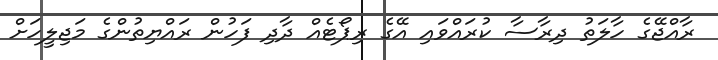
ރާއްޖޭގެ ހާލަތު ދިރާސާ ކުރައްވައި އޭގެ ރިޕޯޓެއް ދާދި ފަހުން ރައްޔިތުންގެ މަޖިލީހަށް